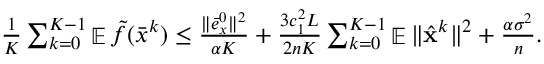
\begin{array} { r l } & { \textstyle \frac { 1 } { K } \sum _ { k = 0 } ^ { K - 1 } \mathop { \mathbb { E } } \tilde { f } ( \bar { x } ^ { k } ) \leq \frac { \| \bar { e } _ { x } ^ { 0 } \| ^ { 2 } } { \alpha K } + \frac { 3 c _ { 1 } ^ { 2 } L } { 2 n K } \sum _ { k = 0 } ^ { K - 1 } \mathop { \mathbb { E } } \| \hat { { \mathbf { x } } } ^ { k } \| ^ { 2 } + \frac { \alpha \sigma ^ { 2 } } { n } . } \end{array}